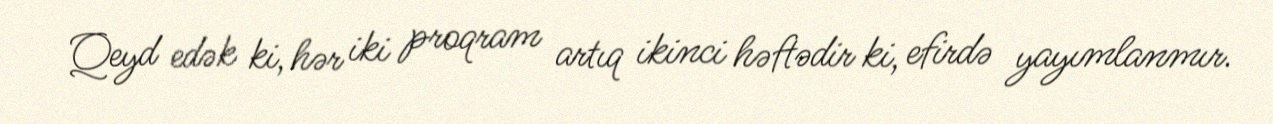
Qeyd edək ki, hər iki proqram artıq ikinci həftədir ki, efirdə yayımlanmır.